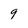
Character: 9